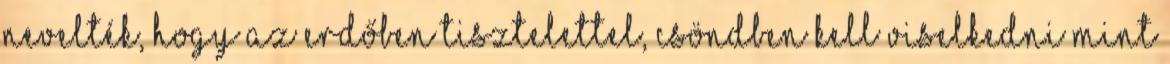
nevelték, hogy az erdőben tisztelettel, csöndben kell viselkedni mint